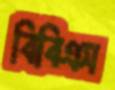
বিবিএস